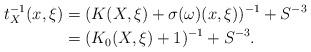
LaTeX: \begin{align*}t^{-1}_X(x,\xi) &= (K(X,\xi) + \sigma(\omega)(x,\xi))^{-1} + S^{-3} \\&= (K_0(X,\xi) + 1)^{-1} + S^{-3}.\end{align*}